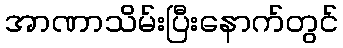
အာဏာသိမ်းပြီးနောက်တွင်